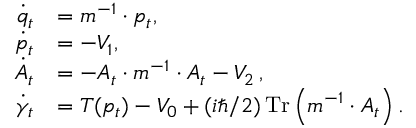
\begin{array} { r l } { \dot { q } _ { t } } & { = m ^ { - 1 } \cdot p _ { t } , } \\ { \dot { p } _ { t } } & { = - V _ { 1 } , } \\ { \dot { A } _ { t } } & { = - A _ { t } \cdot m ^ { - 1 } \cdot A _ { t } - V _ { 2 } \, , } \\ { \dot { \gamma } _ { t } } & { = T ( p _ { t } ) - V _ { 0 } + ( i \hbar / 2 ) \operatorname * { T r } \left( m ^ { - 1 } \cdot A _ { t } \right) . } \end{array}